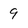
Character: 9